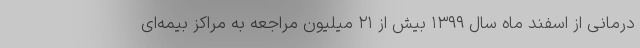
درمانی از اسفند ماه سال ۱۳۹۹ بیش از ۲۱ میلیون مراجعه به مراکز بیمه‌ای